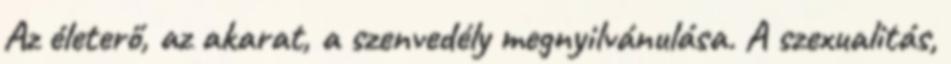
Az életerő, az akarat, a szenvedély megnyilvánulása. A szexualitás,